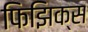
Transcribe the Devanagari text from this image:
फिझिक्स